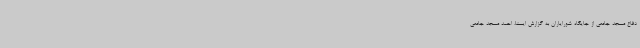
دفاع مسجد جامعی از جایگاه شورایاران به گزارش ایسنا، احمد مسجد جامعی